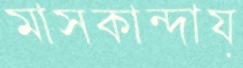
মাসকান্দায়